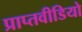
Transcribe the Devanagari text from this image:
प्राप्तवीडियो